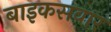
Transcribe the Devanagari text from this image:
बाइकसवार